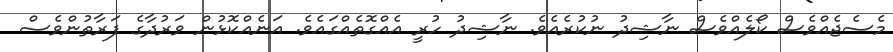
މެސެޖެއްވެސް ކޯލެއްވެސް ނާޝިދު ނުކުރެއެވެ. ނާޝިދު ހުރީ އެއްގޮތެއްގައެވެ. އަނެއްކޮޅުން ވަރުދާގެ ފަރާތުންވެސް